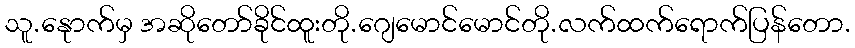
သူ.နေုာက်မှ အဆိုတော်ခိုင်ထူးတို.ဂျေမောင်မောင်တို.လက်ထက်ရောက်ပြန်တော.